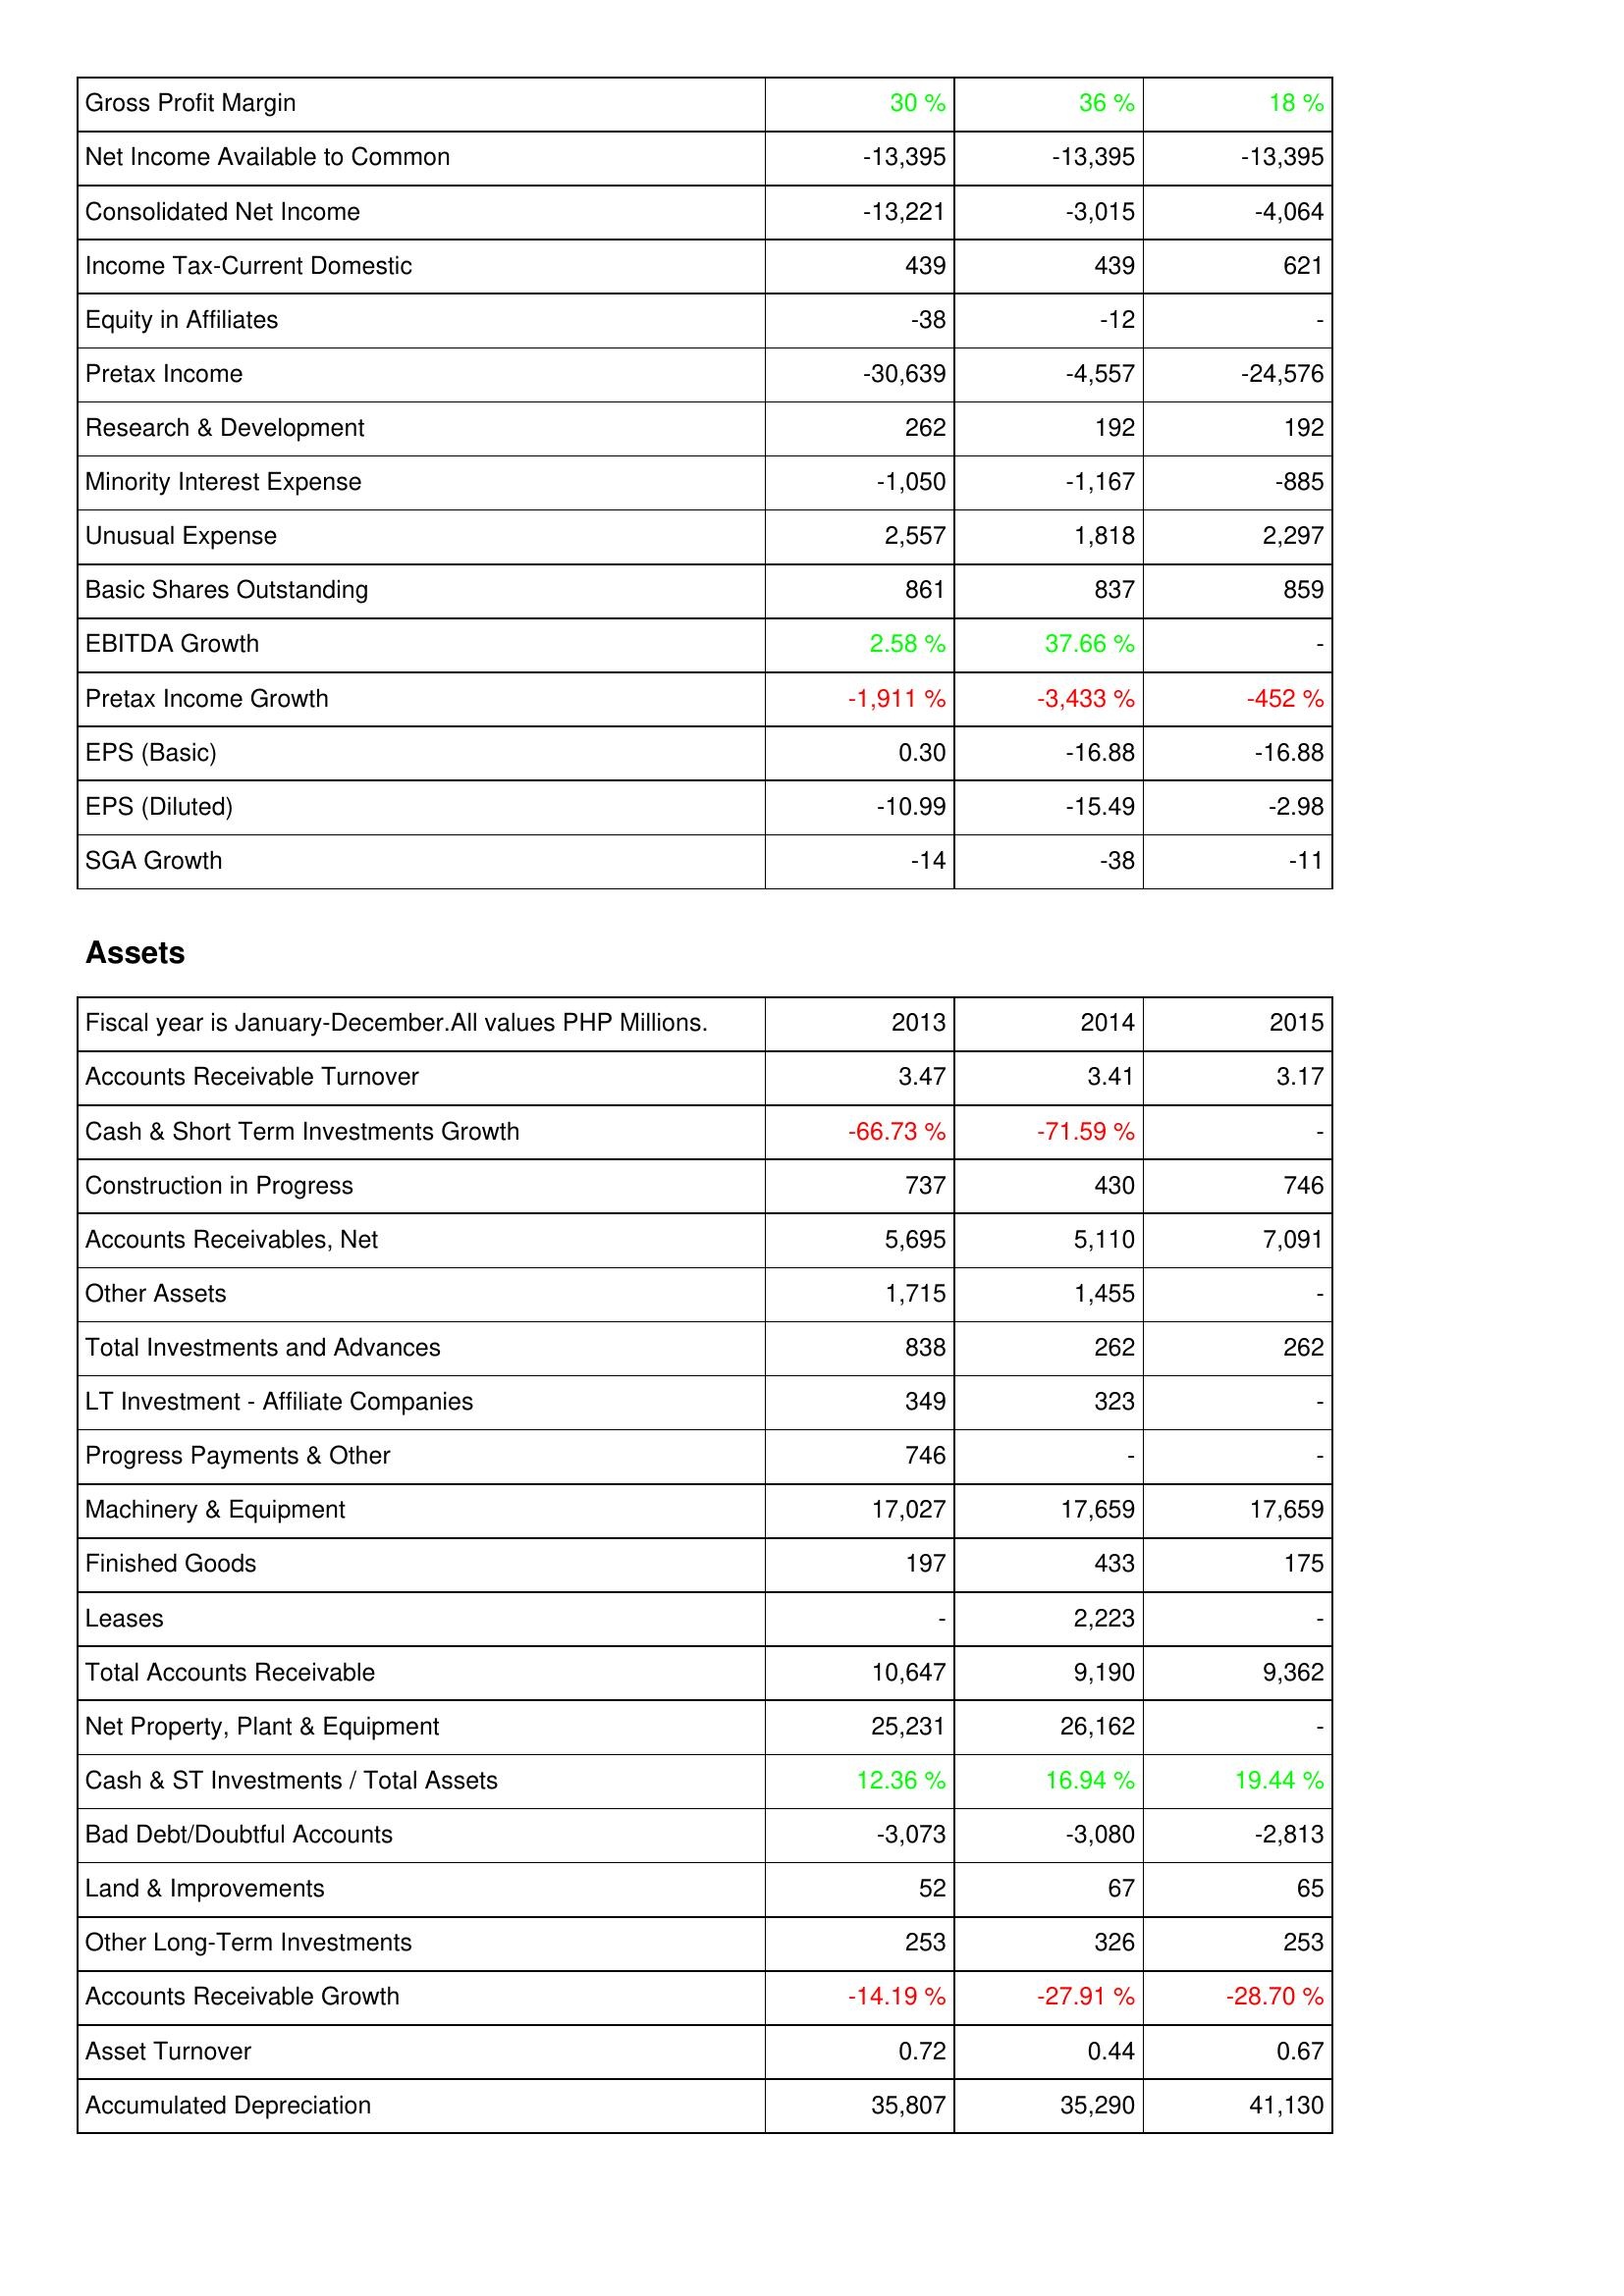
2013: Income Statement: Gross Profit Margin: 30 %
Net Income Available to Common: -13,395
Consolidated Net Income: -13,221
Income Tax-Current Domestic: 439
Equity in Affiliates: -38
Pretax Income: -30,639
Research & Development: 262
Minority Interest Expense: -1,050
Unusual Expense: 2,557
Basic Shares Outstanding: 861
EBITDA Growth: 2.58 %
Pretax Income Growth: -1,911 %
EPS (Basic): 0.30
EPS (Diluted): -10.99
SGA Growth: -14
Assets: Accounts Receivable Turnover: 3.47
Cash & Short Term Investments Growth: -66.73 %
Construction in Progress: 737
Accounts Receivables, Net: 5,695
Other Assets: 1,715
Total Investments and Advances: 838
LT Investment - Affiliate Companies: 349
Progress Payments & Other: 746
Machinery & Equipment: 17,027
Finished Goods: 197
Leases: -
Total Accounts Receivable: 10,647
Net Property, Plant & Equipment: 25,231
Cash & ST Investments / Total Assets: 12.36 %
Bad Debt/Doubtful Accounts: -3,073
Land & Improvements: 52
Other Long-Term Investments: 253
Accounts Receivable Growth: -14.19 %
Asset Turnover: 0.72
Accumulated Depreciation: 35,807
2014: Income Statement: Gross Profit Margin: 36 %
Net Income Available to Common: -13,395
Consolidated Net Income: -3,015
Income Tax-Current Domestic: 439
Equity in Affiliates: -12
Pretax Income: -4,557
Research & Development: 192
Minority Interest Expense: -1,167
Unusual Expense: 1,818
Basic Shares Outstanding: 837
EBITDA Growth: 37.66 %
Pretax Income Growth: -3,433 %
EPS (Basic): -16.88
EPS (Diluted): -15.49
SGA Growth: -38
Assets: Accounts Receivable Turnover: 3.41
Cash & Short Term Investments Growth: -71.59 %
Construction in Progress: 430
Accounts Receivables, Net: 5,110
Other Assets: 1,455
Total Investments and Advances: 262
LT Investment - Affiliate Companies: 323
Progress Payments & Other: -
Machinery & Equipment: 17,659
Finished Goods: 433
Leases: 2,223
Total Accounts Receivable: 9,190
Net Property, Plant & Equipment: 26,162
Cash & ST Investments / Total Assets: 16.94 %
Bad Debt/Doubtful Accounts: -3,080
Land & Improvements: 67
Other Long-Term Investments: 326
Accounts Receivable Growth: -27.91 %
Asset Turnover: 0.44
Accumulated Depreciation: 35,290
2015: Income Statement: Gross Profit Margin: 18 %
Net Income Available to Common: -13,395
Consolidated Net Income: -4,064
Income Tax-Current Domestic: 621
Equity in Affiliates: -
Pretax Income: -24,576
Research & Development: 192
Minority Interest Expense: -885
Unusual Expense: 2,297
Basic Shares Outstanding: 859
EBITDA Growth: -
Pretax Income Growth: -452 %
EPS (Basic): -16.88
EPS (Diluted): -2.98
SGA Growth: -11
Assets: Accounts Receivable Turnover: 3.17
Cash & Short Term Investments Growth: -
Construction in Progress: 746
Accounts Receivables, Net: 7,091
Other Assets: -
Total Investments and Advances: 262
LT Investment - Affiliate Companies: -
Progress Payments & Other: -
Machinery & Equipment: 17,659
Finished Goods: 175
Leases: -
Total Accounts Receivable: 9,362
Net Property, Plant & Equipment: -
Cash & ST Investments / Total Assets: 19.44 %
Bad Debt/Doubtful Accounts: -2,813
Land & Improvements: 65
Other Long-Term Investments: 253
Accounts Receivable Growth: -28.70 %
Asset Turnover: 0.67
Accumulated Depreciation: 41,130